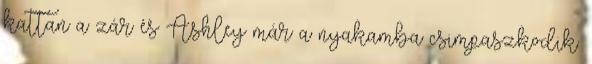
kattan a zár és Ashley már a nyakamba csimpaszkodik.